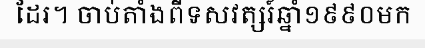
ដែរ។ ចាប់តាំងពីទសវត្សរ៍ឆ្នាំ១៩៩០មក